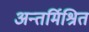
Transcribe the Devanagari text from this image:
अन्तर्मिश्रित